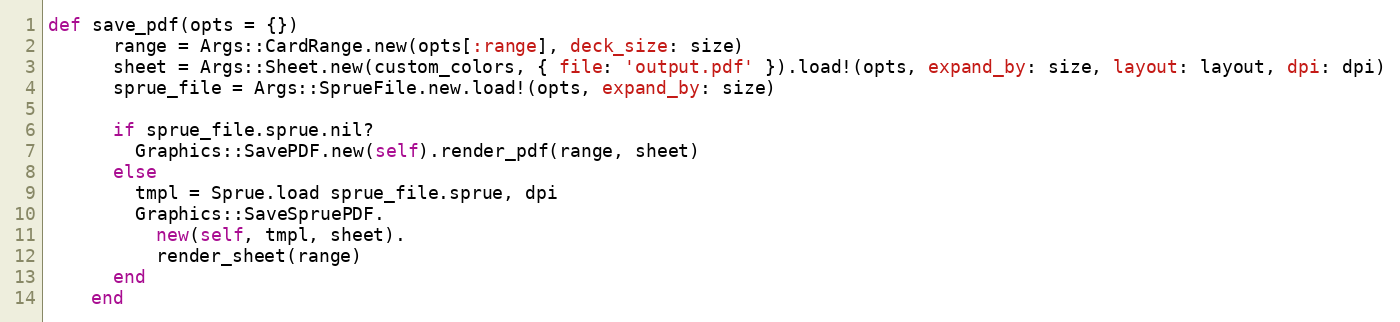
Language: Ruby
def save_pdf(opts = {})
      range = Args::CardRange.new(opts[:range], deck_size: size)
      sheet = Args::Sheet.new(custom_colors, { file: 'output.pdf' }).load!(opts, expand_by: size, layout: layout, dpi: dpi)
      sprue_file = Args::SprueFile.new.load!(opts, expand_by: size)

      if sprue_file.sprue.nil?
        Graphics::SavePDF.new(self).render_pdf(range, sheet)
      else
        tmpl = Sprue.load sprue_file.sprue, dpi
        Graphics::SaveSpruePDF.
          new(self, tmpl, sheet).
          render_sheet(range)
      end
    end